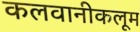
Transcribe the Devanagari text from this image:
कलवानीकलूम